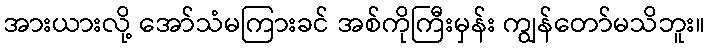
အားယားလို့ အော်သံမကြားခင် အစ်ကိုကြီးမှန်း ကျွန်တော်မသိဘူး။